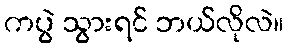
ကပွဲ သွားရင် ဘယ်လိုလဲ။